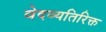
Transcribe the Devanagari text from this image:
वेदव्यतिरिक्त